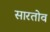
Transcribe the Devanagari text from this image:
सारतोव